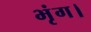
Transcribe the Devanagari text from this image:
भृंग।